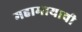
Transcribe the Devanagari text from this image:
महामायावी